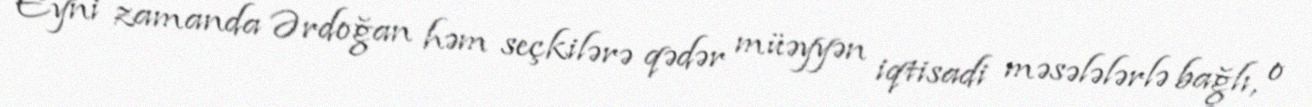
Eyni zamanda Ərdoğan həm seçkilərə qədər müəyyən iqtisadi məsələlərlə bağlı, o